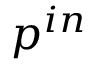
p ^ { i n }